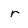
Character: r